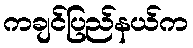
ကချင်ပြည်နယ်က